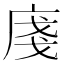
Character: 𢈽